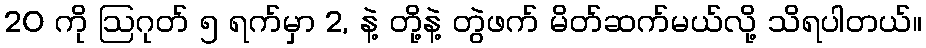
20 ကို ဩဂုတ် ၅ ရက်မှာ 2, နဲ့ တို့နဲ့ တွဲဖက် မိတ်ဆက်မယ်လို့ သိရပါတယ်။